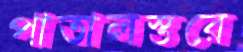
পাতালস্তরে